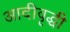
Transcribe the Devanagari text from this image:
आदीवृद्धी